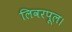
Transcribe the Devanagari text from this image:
लिवरपूल।